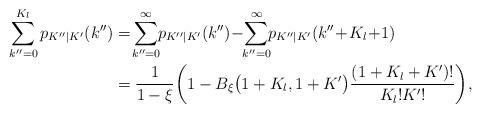
LaTeX: \begin{align*}\sum_{k''=0}^{K_l} p_{K''|K'}(k'')&= \!\sum_{k''=0}^{\infty}\!\! p_{K''|K'}(k'')\!-\!\!\sum_{k''=0}^{\infty}\!\! p_{K''|K'}(k''\!+\!K_l\!+\!1)\\&=\frac{1}{1-\xi}\bigg(1-B_{\xi}\big(1+K_l,1+K'\big)\frac{(1+K_l+K')!}{K_l!K'!}\bigg),\end{align*}